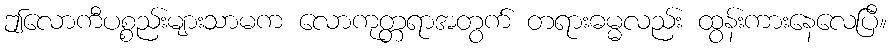
ဤလောကီပစ္စည်းများသာမက လောကုတ္တရာအတွက် တရားဓမ္မလည်း ထွန်းကားနေလေပြီ။